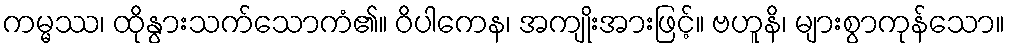
ကမ္မဿ၊ ထိုနွားသက်သောကံ၏။ ဝိပါကေန၊ အကျိုးအားဖြင့်။ ဗဟူနိ၊ များစွာကုန်သော။